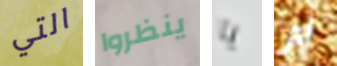
التي ينظروا يا لم